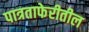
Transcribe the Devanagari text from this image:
पात्रताफेरीतील